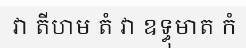
វា តីហម តំ វា ឧទ្ធុមាត កំ